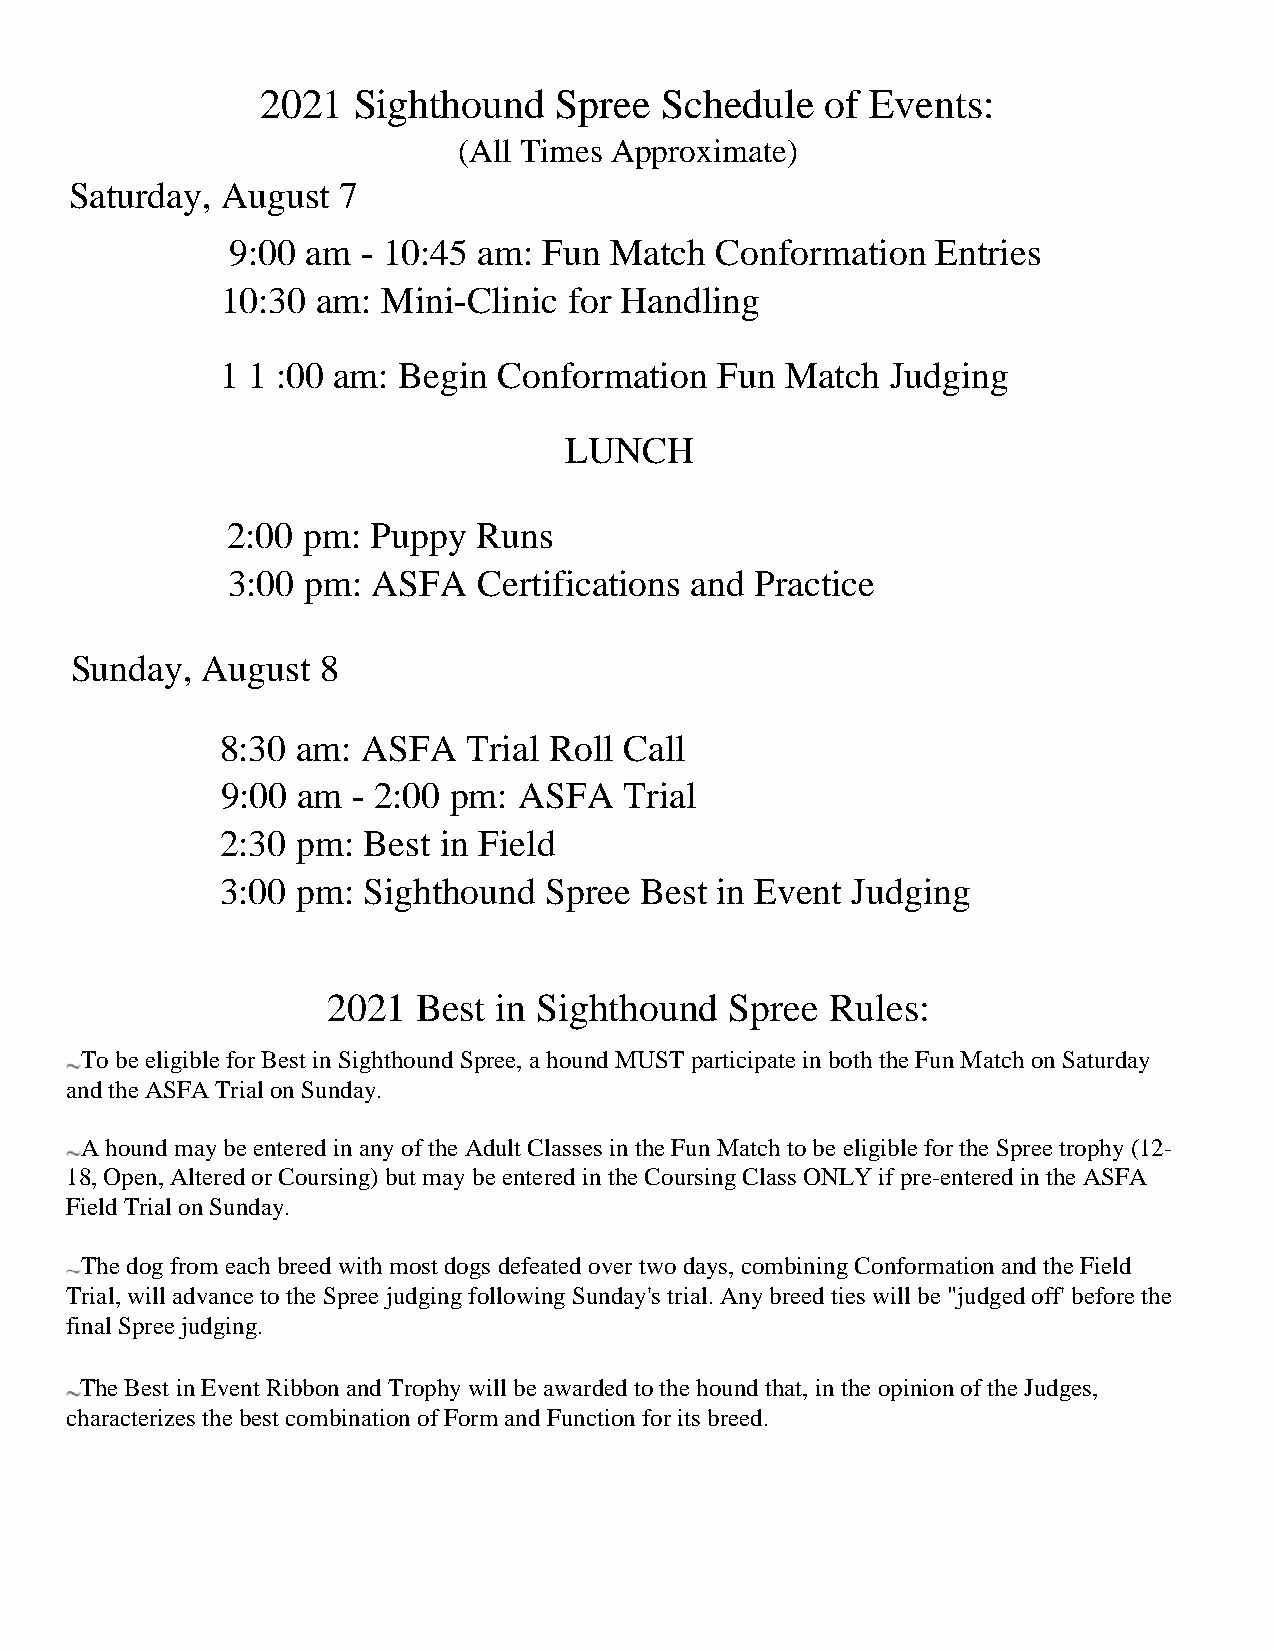
2021  Sighthound    Spree  Schedule   of Events:
 (All Times Approximate)
 Saturday, August 7
 9:00 am  - 10:45 am: Fun Match  Conformation   Entries
 10:30 am: Mini-Clinic  for Handling
 1 1 :00 am: Begin Conformation   Fun Match  Judging
 LUNCH
 2:00 pm:  Puppy  Runs
 3:00 pm:  ASFA   Certifications and Practice
 Sunday, August  8
 8:30 am: ASFA   Trial Roll Call
 9:00 am - 2:00 pm: ASFA   Trial
 2:30 pm: Best in Field
 3:00 pm: Sighthound  Spree Best in Event Judging
 2021  Best in Sighthound  Spree  Rules:
 To be eligible for Best in Sighthound Spree, a hound MUST participate in both the Fun Match on Saturday
 and the ASFA Trial on Sunday.
 A hound may be entered in any of the Adult Classes in the Fun Match to be eligible for the Spree trophy (12-
 18, Open, Altered or Coursing) but may be entered in the Coursing Class ONLY if pre-entered in the ASFA
 Field Trial on Sunday.
 The dog from each breed with most dogs defeated over two days, combining Conformation and the Field
 Trial, will advance to the Spree judging following Sunday's trial. Any breed ties will be "judged off' before the
 final Spree judging.
 The Best in Event Ribbon and Trophy will be awarded to the hound that, in the opinion of the Judges,
 characterizes the best combination of Form and Function for its breed.